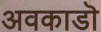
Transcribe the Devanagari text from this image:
अवकाडॊ